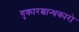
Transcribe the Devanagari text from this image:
गुकारश्चान्धकारो